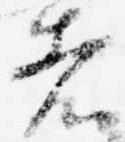
者